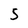
Character: 5